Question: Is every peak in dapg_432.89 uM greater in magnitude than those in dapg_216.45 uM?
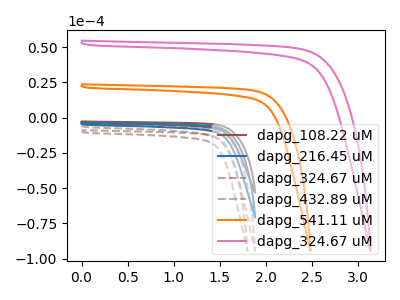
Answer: <think>The brown curve "dapg_108.22 uM" has no peaks. The blue curve "dapg_216.45 uM" has no peaks. The brown dashed curve "dapg_324.67 uM" has no peaks. The brown dashed curve "dapg_432.89 uM" has no peaks. The orange curve "dapg_541.11 uM" has no peaks. The pink curve "dapg_324.67 uM" has no peaks.</think>
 <answer>Niether CV has any peaks.</answer>
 <eval>blanks</eval>